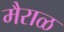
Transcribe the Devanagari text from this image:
मैराळ